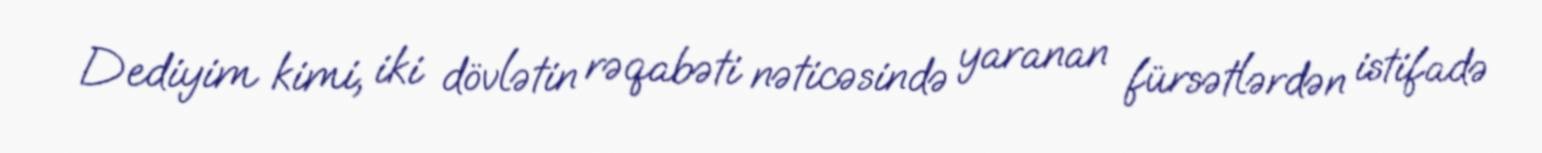
Dediyim kimi, iki dövlətin rəqabəti nəticəsində yaranan fürsətlərdən istifadə